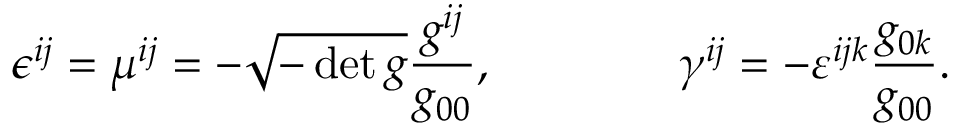
\epsilon ^ { i j } = \mu ^ { i j } = - \sqrt { - \operatorname* { d e t } g } \frac { g ^ { i j } } { g _ { 0 0 } } , \qquad \qquad \gamma ^ { i j } = - \varepsilon ^ { i j k } \frac { g _ { 0 k } } { g _ { 0 0 } } .